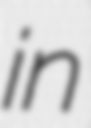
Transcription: in